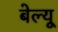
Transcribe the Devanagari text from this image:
बेल्यू